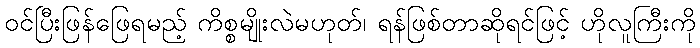
ဝင်ပြီးဖြန်ဖြေရမည့် ကိစ္စမျိုးလဲမဟုတ်၊ ရန်ဖြစ်တာဆိုရင်ဖြင့် ဟိုလူကြီးကို